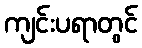
ကျင်းပရာတွင်